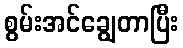
စွမ်းအင်ချွေတာပြီး